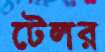
টেলর